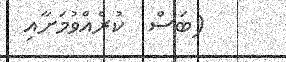
(ބަސް  ކުރެއްވުމަށާއި